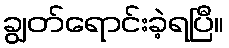
ချွတ်ရောင်းခဲ့ရပြီ။